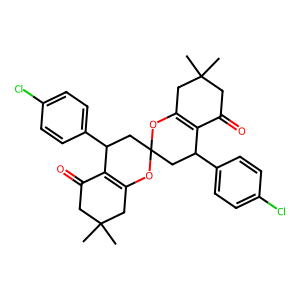
SMILES: CC1(C)CC(=O)C2=C(C1)OC1(CC2c2ccc(Cl)cc2)CC(c2ccc(Cl)cc2)C2=C(CC(C)(C)CC2=O)O1
Inhibits HIV replication: No